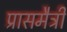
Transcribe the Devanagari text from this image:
प्रासमैत्री